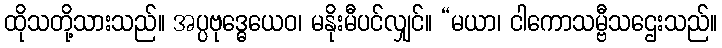
ထိုသတို့သားသည်။ အပ္ပဗုဒ္ဓေယေဝ၊ မနိုးမီပင်လျှင်။ “မယာ၊ ငါကောသမ္ဗီသဌေးသည်။